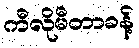
ကီလိုမီတာခန့်